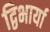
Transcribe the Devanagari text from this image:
द्विभार्या